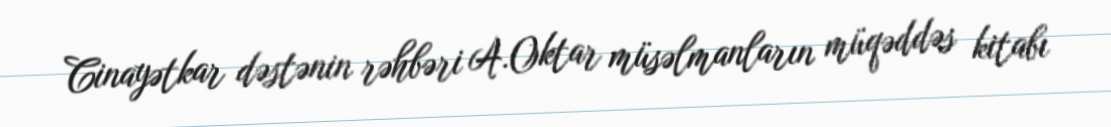
Cinayətkar dəstənin rəhbəri A.Oktar müsəlmanların müqəddəs kitabı